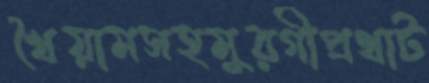
খৈয়ামসহমুরগীপ্রথাট